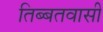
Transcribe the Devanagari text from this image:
तिब्बतवासी